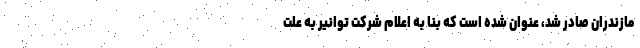
مازندران صادر شد، عنوان شده است که بنا به اعلام شرکت توانیر به علت